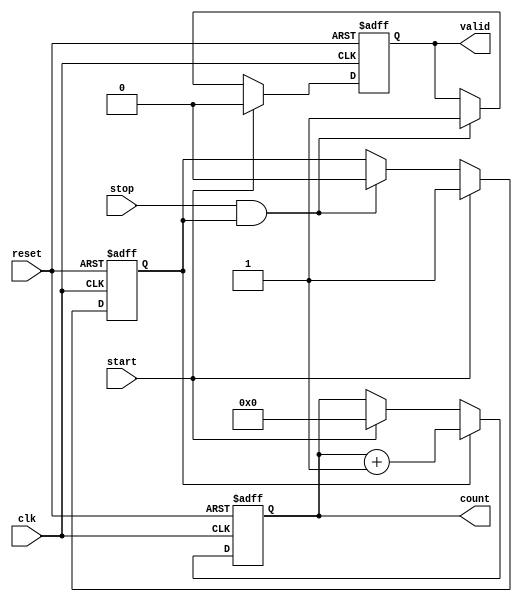
module TDC (
    input wire clk,           // Clock signal
    input wire reset,         // Asynchronous reset signal
    input wire start,         // Start signal
    input wire stop,          // Stop signal
    output reg [15:0] count,  // Measured time interval (16-bit counter)
    output reg valid          // Valid signal to indicate measurement is ready
);

    // State definitions
    reg measuring;            // Indicates if we are currently measuring
    reg [15:0] memory;        // Memory block to store the count value

    // Asynchronous reset and state management
    always @(posedge clk or posedge reset) begin
        if (reset) begin
            count <= 16'b0;   // Reset count
            measuring <= 1'b0; // Not measuring
            valid <= 1'b0;     // Invalid measurement
            memory <= 16'b0;   // Reset memory
        end else begin
            if (start) begin
                count <= 16'b0; // Reset count on start
                measuring <= 1'b1; // Start measuring
                valid <= 1'b0;     // Measurement not valid yet
            end else if (stop && measuring) begin
                memory <= count;  // Store the count in memory
                valid <= 1'b1;     // Indicate measurement is valid
                measuring <= 1'b0; // Stop measuring
            end
            
            // Increment the counter if measuring
            if (measuring) begin
                count <= count + 1; // Increment count on each clock cycle
            end
        end
    end

endmodule